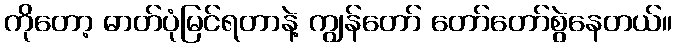
ကိုတော့ ဓာတ်ပုံမြင်ရတာနဲ့ ကျွန်တော် တော်တော်စွဲနေတယ်။